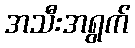
အသီးအရွက်